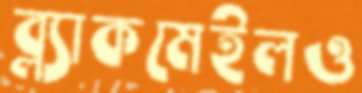
ব্ল্যাকমেইলও